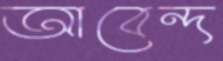
আবেন্দ